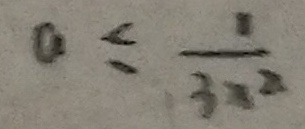
a \leq \frac { 1 } { 3 x ^ { 2 } }